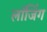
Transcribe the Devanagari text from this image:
लॉजिंग